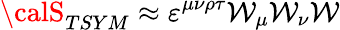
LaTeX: {\calS}_{TSYM}\approx\varepsilon^{\mu\nu\rho\tau}{\cal\mathcal{W}}_{\mu}{\cal\mathcal{W}}_{\nu}{\cal\mathcal{W}}